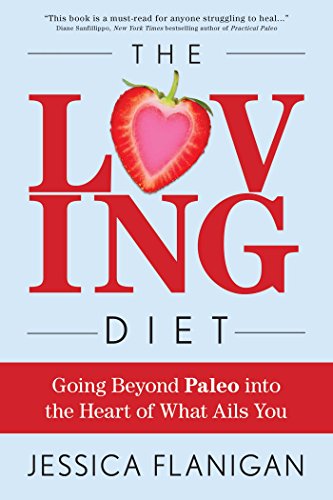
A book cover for The Loving Diet: Going Beyond Paleo into the Heart of What Ails You; Jessica Flanigan; Health, Fitness & Dieting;